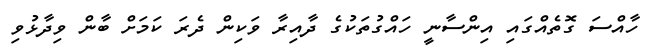
ހާއްސަ ގޮތެއްގައި އިންސާނީ ހައްގުތަކުގެ ދާއިރާ ވަކިން ދެރަ ކަމަށް ބާން ވިދާޅުވި